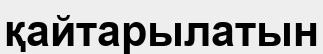
қайтарылатын